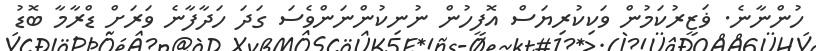
ހުންނާނެ. ޥަޒީރުކަމުން ވަކިކުރިޔަސް އޮފީހުން ނުނިކުންނަންވެސަ ގަދަ ހަދާފާނެ ވަރަށް ޑްރާމާ ބޮޑު